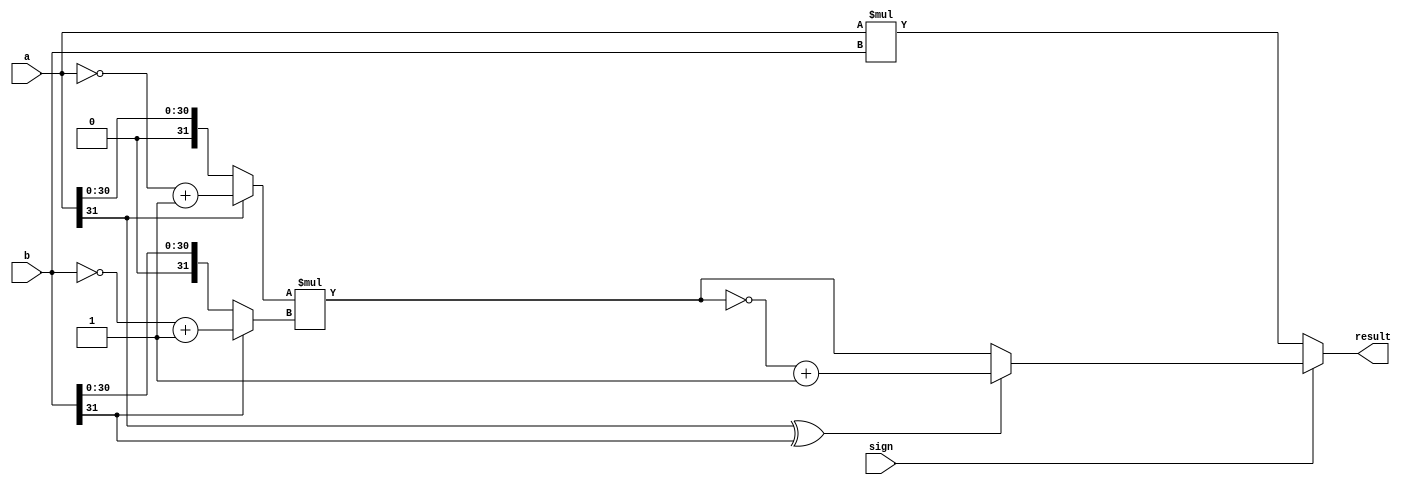
module mul(
    input [31:0]  a,
    input [31:0]  b,
    input  sign,
    output [63:0] result
);

wire sign_a = a[31];
wire sign_b = b[31];

wire [31:0] abs_a = sign_a ? ((~a)+1) : a;
wire [31:0] abs_b = sign_b ? ((~b)+1) : b;

wire [63:0] abs_result = abs_a * abs_b;

wire [63:0] signed_result = (sign_a ^ sign_b) ? ((~abs_result)+1) : abs_result;

assign result = sign ? signed_result : a * b;

endmodule